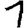
Digit: 1